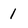
Character: 1